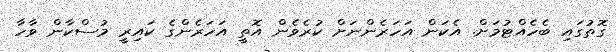
ގޮތުގައި ބެހެއްޓުމަށް. އެކަން އަހަރެންނަށް ކުރެވެން އޮތީ އަހަރެންގެ ކައިރީ މުސްކާން ވާހާ